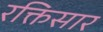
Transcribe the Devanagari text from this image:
रक्तिसार